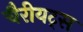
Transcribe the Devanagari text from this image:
चैरीयट्स